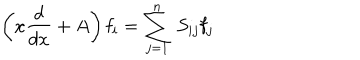
\left( x { \frac { d } { d x } } + A \right) { \bf f } _ { i } = \sum _ { j = 1 } ^ { n } \, S _ { i j } { \bf f } _ { j }